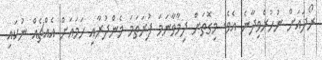
ރޯދައަށް ނުހުރެވިދާނެ އެވެ. މިގޮތަށް ދިމާވާނަމަ ފުރަތަމަ މެންދުރާއި ހަމައަށް އެއްޗެއް ނުކައި